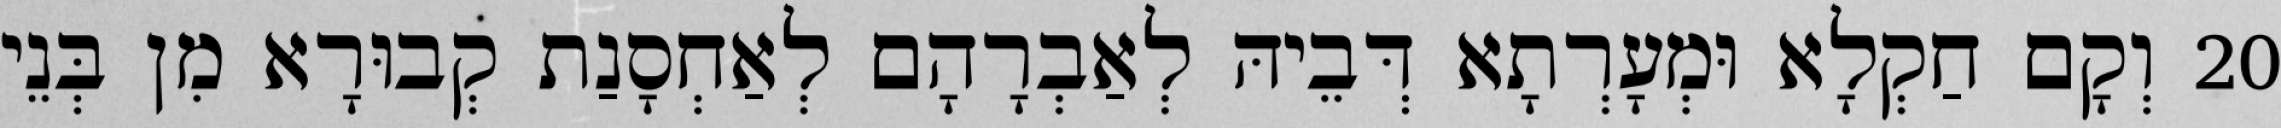
20 וְקָם חַקְלָא וּמְעָרְתָא דְּבֵיהּ לְאַבְרָהָם לְאַחְסָנַת קְבוּרָא מִן בְּנֵי